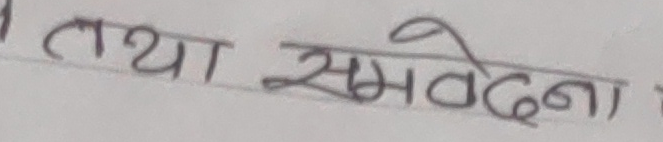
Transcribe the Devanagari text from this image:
तथा संवेदना